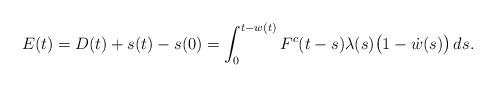
LaTeX: \begin{align*}E(t) = D(t) + s(t) - s(0) = \int_{0}^{t-w(t)}F^c(t-s)\lambda(s) \bigl(1 - \dot{w} (s)\bigr) \,ds.\end{align*}